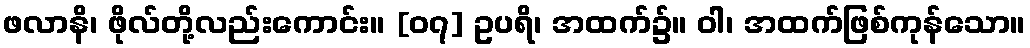
ဖလာနိ၊ ဖိုလ်တို့လည်းကောင်း။ [၀၇] ဥပရိ၊ အထက်၌။ ဝါ၊ အထက်ဖြစ်ကုန်သော။